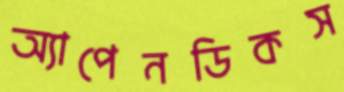
অ্যাপেনডিকস